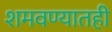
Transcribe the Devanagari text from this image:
शमवण्यातही